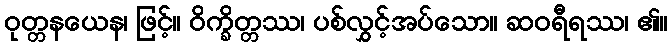
ဝုတ္တနယေန၊ ဖြင့်။ ဝိက္ခိတ္တဿ၊ ပစ်လွှင့်အပ်သော။ ဆဝရီရဿ၊ ၏။